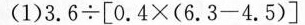
(1)3.6\div[0.4\times(6.3-4.5)]